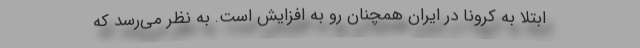
ابتلا به کرونا در ایران همچنان رو به افزایش است. به نظر می‌رسد که